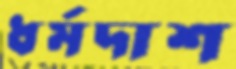
ধর্মদাশ